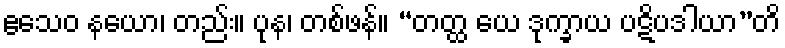
ဧသေဝ နယော၊ တည်း။ ပုန၊ တစ်ဖန်။ “တတ္ထ ယေ ဒုက္ခာယ ပဋိပဒါယာ”တိ